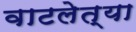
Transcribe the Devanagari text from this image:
वाटलेत्या